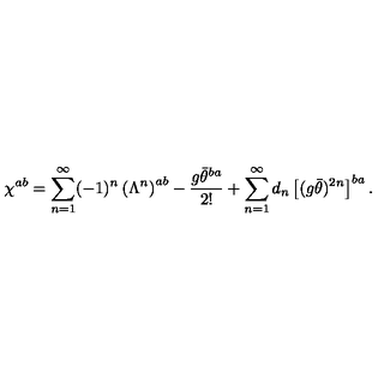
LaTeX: \chi ^ { a b } = \sum _ { n = 1 } ^ { \infty } ( - 1 ) ^ { n } \left( \Lambda ^ { n } \right) ^ { a b } - \frac { g \bar { \theta } ^ { b a } } { 2 ! } + \sum _ { n = 1 } ^ { \infty } d _ { n } \left[ ( g \bar { \theta } ) ^ { 2 n } \right] ^ { b a } .